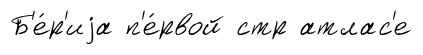
Б'е́р'иjа п'е́рвой стр атлас'е